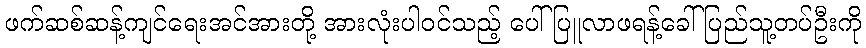
ဖက်ဆစ်ဆန့်ကျင်ရေးအင်အားတို့ အားလုံးပါဝင်သည့် ပေါ်ပြူလာဖရန့်ခေါ် ပြည်သူ့တပ်ဦးကို